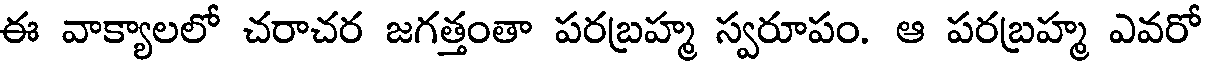
ఈ వాక్యాలలో చరాచర జగత్తంతా పరబ్రహ్మ స్వరూపం. ఆ పరబ్రహ్మ ఎవరో